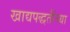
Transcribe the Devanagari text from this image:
खाद्यपद्धतींच्या